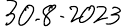
30.8.2023